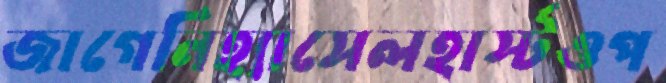
জাগেনিহ্যাসেলহার্স্টওপ